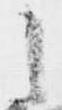
之